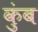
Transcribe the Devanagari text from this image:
कुंब